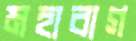
মহাবাগ